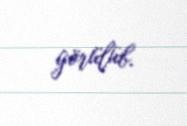
görülüb.